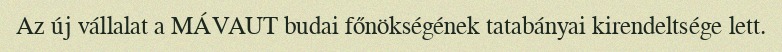
Az új vállalat a MÁVAUT budai főnökségének tatabányai kirendeltsége lett.